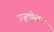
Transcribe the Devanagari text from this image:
एजुकेसन